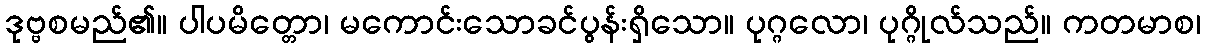
ဒုဗ္ဗစမည်၏။ ပါပမိတ္တော၊ မကောင်းသောခင်ပွန်းရှိသော။ ပုဂ္ဂလော၊ ပုဂ္ဂိုလ်သည်။ ကတမာစ၊